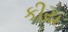
કીય